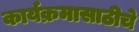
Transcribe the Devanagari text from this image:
कार्यक्रमासाठीचे